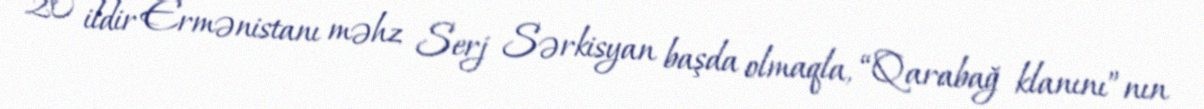
20 ildir Ermənistanı məhz Serj Sərkisyan başda olmaqla, “Qarabağ klanını”nın